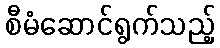
စီမံဆောင်ရွက်သည့်